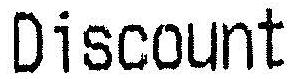
DISCOUNT